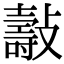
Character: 𣀓